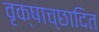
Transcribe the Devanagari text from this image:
वृक्षाच्छादित